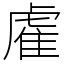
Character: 雐